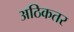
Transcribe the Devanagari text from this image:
अठिकतर